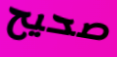
صحيح